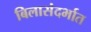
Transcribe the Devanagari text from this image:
बिलासंदर्भात